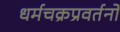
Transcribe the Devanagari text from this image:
धर्मचक्रप्रवर्तनों